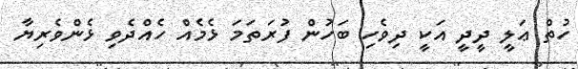
ހުތް ޢަލީ ދީދީ އަކީ ދިވެހި ބަހުން ފުރަތަމަ ޅެމެއް ހެއްދެވި ޅެންވެރިޔާ